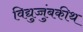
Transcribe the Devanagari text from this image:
विद्युच्चुंबकीथ